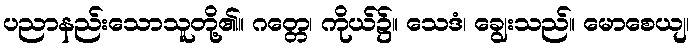
ပညာနည်းသောသူတို့၏။ ဂတ္တေ၊ ကိုယ်၌။ သေဒံ၊ ချွေးသည်။ မောစေယျ၊